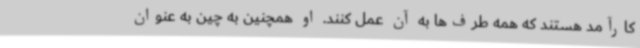
کارآمد هستند که همه طرف‌ها به آن عمل کنند. او همچنین به چین به عنوان